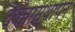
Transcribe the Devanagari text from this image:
देवतास्थापन